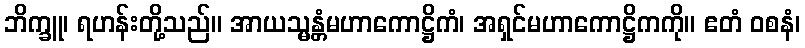
ဘိက္ခူ၊ ရဟန်းတို့သည်။ အာယသ္မန္တံမဟာကောဋ္ဌိကံ၊ အရှင်မဟာကောဋ္ဌိကကို။ ဧတံ ဝစနံ၊